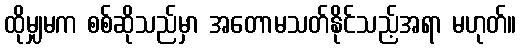
ထိုမျှမက စစ်ဆိုသည်မှာ အတောမသတ်နိုင်သည့်အရာ မဟုတ်။